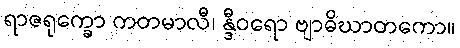
ရာဇရုက္ခော ကတမာလီ၊ န္ဒီဝရော ဗျာဓိဃာတကော။